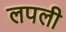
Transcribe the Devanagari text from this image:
लपली